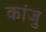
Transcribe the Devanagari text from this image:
कांजु